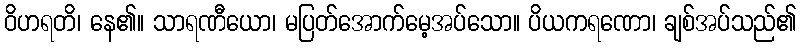
ဝိဟရတိ၊ နေ၏။ သာရဏီယော၊ မပြတ်အောက်မေ့အပ်သော။ ပိယကရဏော၊ ချစ်အပ်သည်၏